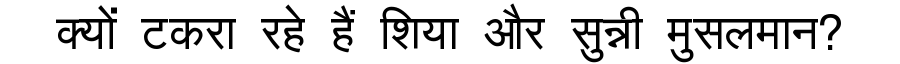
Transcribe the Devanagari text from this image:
क्यों टकरा रहे हैं शिया और सुन्नी मुसलमान?